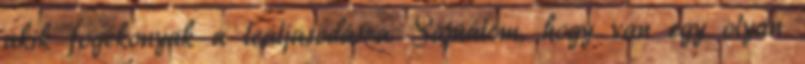
akik fogékonyak a lealjasodásra. Sajnálom, hogy van egy olyan